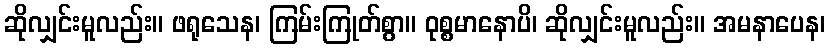
ဆိုလျှင်းမူလည်း။ ဖရုသေန၊ ကြမ်းကြုတ်စွာ။ ဝုစ္စမာနောပိ၊ ဆိုလျှင်းမူလည်း။ အမနာပေန၊